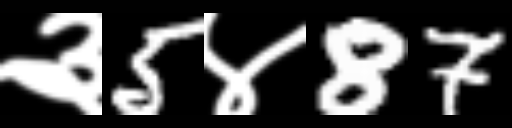
Text: ३5४87